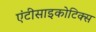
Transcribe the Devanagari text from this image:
एंटीसाइकोटिक्स